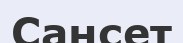
Сансет